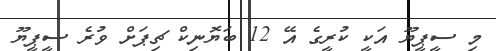
މި ސީޕީޔޫ އަކީ ކުރީގެ އޭ 12 ބަޔޮނިކް ޗިޕަށް ވުރެ ސީޕީޔޫ